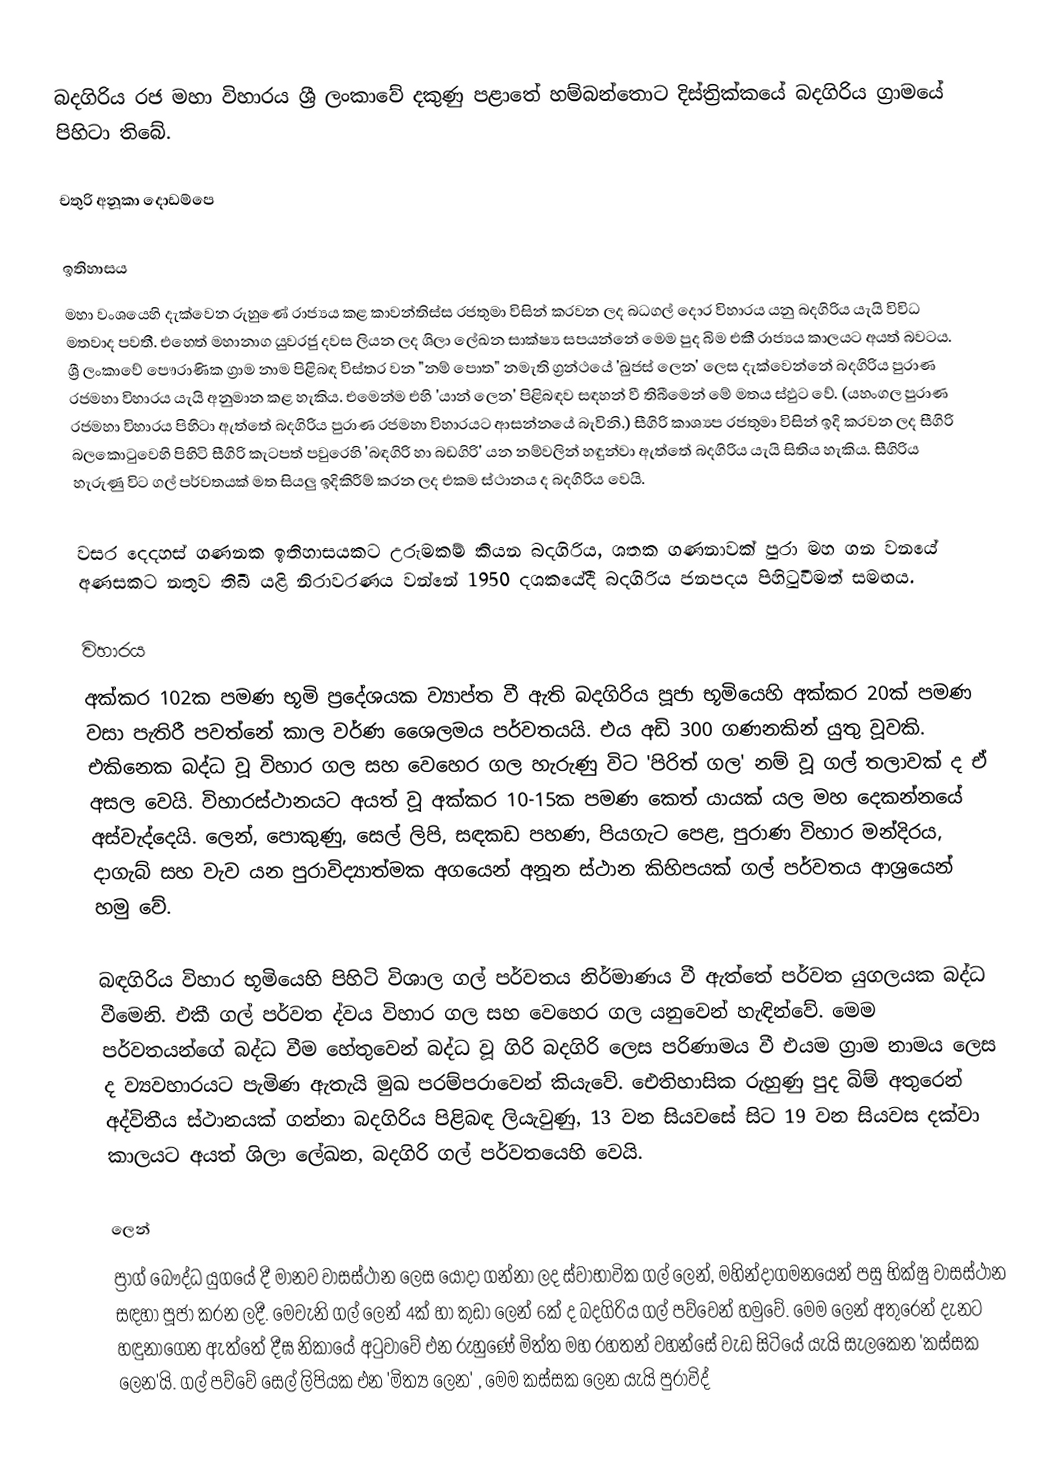
බදගිරිය රජ මහා විහාරය ශ්‍රී ලංකාවේ දකුණු පළාතේ හම්බන්තොට දිස්ත්‍රික්කයේ බදගිරිය ග්‍රාමයේ පිහිටා තිබේ.

චතුරි අනූකා දොඩම්පෙ

ඉතිහාසය
මහා වංශයෙහි දැක්වෙන රුහුණේ රාජ්‍යය කළ කාවන්තිස්ස රජතුමා විසින් කරවන ලද බධගල් දොර විහාරය යනු බදගිරිය යැයි විවිධ මතවාද පවතී. එහෙත් මහානාග යුවරජු දවස ලියන ලද ශිලා ලේඛන සාක්ෂ්‍ය සපයන්නේ මෙම පුද බිම එකී රාජ්‍යය කාලයට අයත් බවටය. ශ්‍රී ලංකාවේ ‍පෞරාණික ග්‍රාම නාම පිළිබඳ විස්තර වන "නම් පොත" නමැති ග්‍රන්ථයේ 'බුජස් ලෙන' ලෙස දැක්වෙන්නේ බදගිරිය පුරාණ රජමහා විහාරය යැයි අනුමාන කළ හැකිය. එමෙන්ම එහි 'යාන් ලෙන' පිළිබඳව සඳහන් වී තිබීමෙන් මේ මතය ස්ඵුට වේ. (යහංගල පුරාණ රජමහා විහාරය පිහිටා ඇත්තේ බදගිරිය පුරාණ රජමහා විහාරයට ආසන්නයේ බැවිනි.) සීගිරි  කාශ්‍යප රජතුමා විසින් ඉදි කරවන ලද සීගිරි බලකොටුවෙහි පිහිටි සීගිරි කැටපත් පවුරෙහි 'බඳගිරි හා බඩගිරි' යන නම්වලින් හඳුන්වා ඇත්තේ බදගිරිය යැයි සිතිය හැකිය. සීගිරිය හැරුණු වි‍ට ගල් පර්වතයක් මත සියලු ඉදිකිරීම් කරන ලද එකම ස්ථානය ද බදගිරිය වෙයි.

වසර දෙදහස් ගණනක ඉතිහාසයකට උරුමකම් කියන බදගිරිය, ශතක ගණනාවක් පුරා මහ ගන වනයේ අණසකට නතුව තිබී යළි නිරාවරණය වන්නේ 1950 දශකයේදී බදගිරිය ජනපදය පිහිටුවීමත් සමඟය.

විහාරය
අක්කර 102ක පමණ භූමි ප්‍රදේශයක ව්‍යාප්ත වී ඇති බදගිරිය පූජා භූමියෙහි අක්කර 20ක් පමණ වසා පැතිරී පවත්නේ කාල වර්ණ ශෛලමය පර්වතයයි. එය අඩි  300 ගණනකින් යුතු වූවකි. එකිනෙක බද්ධ වූ විහාර ගල සහ වෙහෙර ගල හැරුණු විට 'පිරිත් ගල' නම් වූ ගල් තලාවක් ද ඒ අසල වෙයි. විහාරස්ථානයට අයත් වූ අක්කර 10-15ක පමණ කෙත් යායක් යල මහ දෙකන්නයේ අස්වැද්දෙයි. ලෙන්, පොකුණු, සෙල් ලිපි, සඳකඩ පහණ, පියගැට පෙළ, පුරාණ විහාර මන්දිරය, දාගැබ් සහ වැව යන පුරාවිද්‍යාත්මක අගයෙන් අනූන ස්ථාන කිහිපයක් ගල් පර්වතය ආශ්‍රයෙන් හමු වේ.

බඳගිරිය විහාර භූමියෙහි පිහිටි විශාල ගල් පර්වතය නිර්මාණය වී ඇත්තේ පර්වත යුගලයක බද්ධ වීමෙනි. එකී ගල් පර්වත ද්වය විහාර ගල සහ වෙහෙර ගල යනුවෙන් ‍හැඳින්වේ. මෙම පර්වතයන්ගේ බද්ධ වීම හේතුවෙන් බද්ධ වූ ගිරි බදගිරි ලෙස පරිණාමය වී එයම ග්‍රාම නාමය ලෙස ද ව්‍යවහාරයට පැමිණ ඇතැයි මුඛ පරම්පරාවෙන් කියැවේ. ඓතිහාසික රුහුණු පුද බිම් අතුරෙන් අද්විතීය ස්ථානයක් ගන්නා බදගිරිය පිළිබඳ ලියැවුණු, 13 වන සියවසේ සිට 19 වන සියවස දක්වා කාලයට අයත් ශිලා ලේඛන, බදගිරි ගල් පර්වතයෙහි වෙයි.

ලෙන්
ප්‍රාග් බෞද්ධ යුගයේ දී මානව වාසස්ථාන ලෙස යොදා ගන්නා ලද ස්වාභාවික ගල් ලෙන්, මහින්දාගමනයෙන් පසු භික්ෂු වාසස්ථාන සඳහා පූජා කරන ලදී. මෙවැනි ගල් ලෙන් 4ක් හා කුඩා ලෙන් 6ක් ද බදගිරිය ගල් පව්වෙන් හමුවේ. මෙම ලෙන් අතුරෙන් දැනට හඳුනාගෙන ඇත්තේ දීඝ නිකායේ අටුවාවේ එන රුහුණේ මිත්ත මහ රහතන් වහන්සේ වැඩ සිටියේ යැයි සැලකෙන 'කස්සක ලෙන'යි. ගල් පව්වේ සෙල් ලිපියක එන 'මිත්‍ය ලෙන' , මෙම කස්සක ලෙන යැයි පුරාවිද්‍